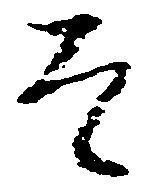
者